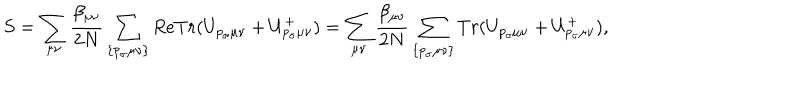
S = \sum _ { \mu \nu } \frac { \beta _ { \mu \nu } } { 2 N } \sum _ { \{ p _ { \sigma } \mu \nu \} } R e T r ( U _ { p _ { \sigma } \mu \nu } + U _ { p _ { \sigma } \mu \nu } ^ { + } ) = \sum _ { \mu \nu } \frac { \beta _ { \mu \nu } } { 2 N } \sum _ { \{ p _ { \sigma } \mu \nu \} } T r ( U _ { p _ { \sigma } \mu \nu } + U _ { p _ { \sigma } \mu \nu } ^ { + } ) ,